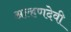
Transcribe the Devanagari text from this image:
अल्हणदेवी